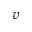
v